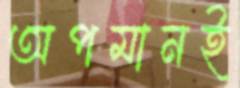
অপমানই